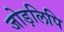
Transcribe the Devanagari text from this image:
जोड़लिपि